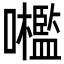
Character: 𡅋